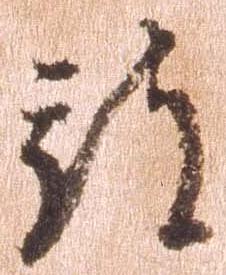
被